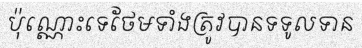
ប៉ុណ្ណោះទេថែមទាំងត្រូវបានទទូលទាន